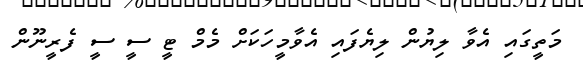
މަތީގައި އެވާ ލިޔުން ލިޔެފައި އެވާމީހަކަށް މެމް ޓީ ސީ ސީ ފެރީނޫން